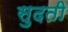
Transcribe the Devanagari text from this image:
सुदती